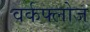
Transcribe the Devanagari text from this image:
वर्कफ्लोज